Indian journal of veterinary science and animal husbandry - Volume 10,
Year: 1940
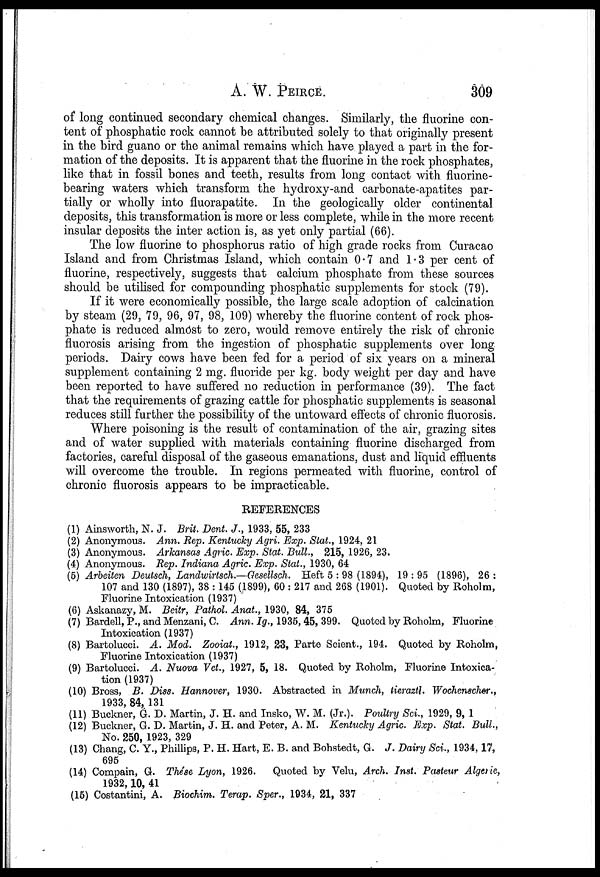
A. W. PEIRCE.
309
of long continued secondary chemical changes. Similarly, the fluorine con-
tent of phosphatic rock cannot be attributed solely to that originally present
in the bird guano or the animal remains which have played a part in the for-
mation of the deposits. It is apparent that the fluorine in the rock phosphates,
like that in fossil bones and teeth, results from long contact with fluorine-
bearing waters which transform the hydroxy-and carbonate-apatites par-
tially or wholly into fluorapatite. In the geologically older continental
deposits, this transformation is more or less complete, while in the more recent
insular deposits the inter action is, as yet only partial (66).
The low fluorine to phosphorus ratio of high grade rocks from Curacao
Island and from Christmas Island, which contain 0.7 and 1.3 per cent of
fluorine, respectively, suggests that calcium phosphate from these sources
should be utilised for compounding phosphatic supplements for stock (79).
If it were economically possible, the large scale adoption of calcination
by steam (29, 79, 96, 97, 98, 109) whereby the fluorine content of rock phos-
phate is reduced almost to zero, would remove entirely the risk of chronic
fluorosis arising from the ingestion of phosphatic supplements over long
periods. Dairy cows have been fed for a period of six years on a mineral
supplement containing 2 mg. fluoride per kg. body weight per day and have
been reported to have suffered no reduction in performance (39). The fact
that the requirements of grazing cattle for phosphatic supplements is seasonal
reduces still further the possibility of the untoward effects of chronic fluorosis.
Where poisoning is the result of contamination of the air, grazing sites
and of water supplied with materials containing fluorine discharged from
factories, careful disposal of the gaseous emanations, dust and liquid effluents
will overcome the trouble. In regions permeated with fluorine, control of
chronic fluorosis appears to be impracticable.
REFERENCES
(1) Ainsworth, N. J. Brit. Dent. J., 1933, 55, 233
(2) Anonymous. Ann. Rep. Kentucky Agri. Exp. Stat., 1924, 21
(3) Anonymous. Arkansas Agric. Exp. Stat. Bull., 215, 1926, 23.
(4) Anonymous. Rep. Indiana Agric. Exp. Stat., 1930, 64
(5) Arbeiten Deutsch, Landwirtsch.—Gesellsch. Heft 5 : 98 (1894), 19 : 95 (1896), 26 :
107 and 130 (1897), 38 : 145 (1899), 60 : 217 and 268 (1901). Quoted by Roholm,
Fluorine Intoxication (1937)
(6) Askanazy, M. Beitr, Pathol. Anat., 1930, 84, 375
(7) Bardell, P., and Menzani, C. Ann. Ig., 1935, 45, 399. Quoted by Roholm, Fluorine
Intoxication (1937)
(8) Bartolucci. A. Mod. Zooiat., 1912, 23, Parte Scient., 194. Quoted by Roholm,
Fluorine Intoxication (1937)
(9) Bartolucci. A. Nuova Vet., 1927, 5, 18. Quoted by Roholm, Fluorine Intoxica-
tion (1937)
(10) Bross, B. Diss. Hannover, 1930. Abstracted in Munch, tieraztl. Wochenscher.,
1933, 84, 131
(11) Buckner, G. D. Martin, J. H. and Insko, W. M. (Jr.). Poultry Sci., 1929, 9, 1
(12) Buckner, G. D. Martin, J. H. and Peter, A. M. Kentucky Agric. Exp. Stat. Bull.,
No. 250, 1923, 329
(13) Chang, C. Y., Phillips, P. H. Hart, E. B. and Bohstedt, G. J. Dairy Sci., 1934, 17,
695
(14) Compain, G. Thése Lyon, 1926. Quoted by Velu, Arch. Inst. Pasteur Algerie,
1932, 10, 41
(15) Costantini, A. Biochim. Terap. Sper., 1934, 21, 337